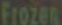
Frozen